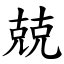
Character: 兢